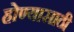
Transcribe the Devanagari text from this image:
होण्‍यासाठी